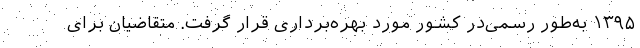
۱۳۹۵ به‌طور رسمی‌در کشور مورد بهره‌برداری قرار گرفت. متقاضیان برای